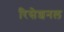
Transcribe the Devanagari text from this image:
रिसेशनल